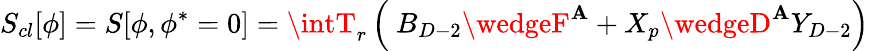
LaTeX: S_{cl}[\phi]=S[\phi,\phi^{*}=0]=\intT_{r}\left(\ B_{D-2}\wedgeF^{\mathbf{A}}+X_{p}\wedgeD^{\mathbf{A}}Y_{D-2}\right)